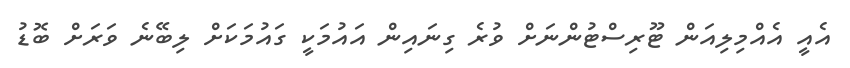
އެއީ އެއްމިލިއަން ޓޫރިސްޓުންނަށް ވުރެ ގިނައިން އައުމަކީ ގައުމަކަށް ލިބޭނެ ވަރަށް ބޮޑު